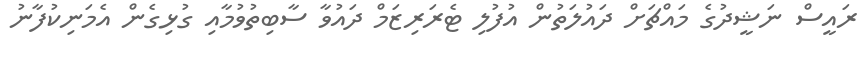
ރައީސް ނަޝީދުގެ މައްޗަށް ދައުލަތުން އުފުލި ޓެރަރިޒަމް ދައުވާ ސާބިތުވުމާއި ގުޅިގެން އެމަނިކުފާނު